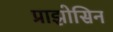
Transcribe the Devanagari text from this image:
प्राझोसिन